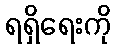
ရရှိရေးကို